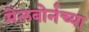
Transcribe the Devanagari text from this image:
मेलबोर्नच्या